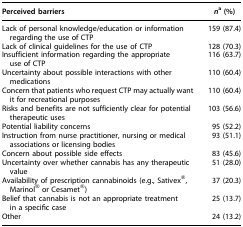
<table><thead><tr><td><b>Perceived barriers</b></td><td><b><i>n</i><sup>a</sup> (%)</b></td></tr></thead><tbody><tr><td>Lack of personal knowledge/education or information regarding the use of CTP</td><td>159 (87.4)</td></tr><tr><td>Lack of clinical guidelines for the use of CTP</td><td>128 (70.3)</td></tr><tr><td>Insufficient information regarding the appropriate use of CTP</td><td>116 (63.7)</td></tr><tr><td>Uncertainty about possible interactions with other medications</td><td>110 (60.4)</td></tr><tr><td>Concern that patients who request CTP may actually want it for recreational purposes</td><td>110 (60.4)</td></tr><tr><td>Risks and benefits are not sufficiently clear for potential therapeutic uses</td><td>103 (56.6)</td></tr><tr><td>Potential liability concerns</td><td>95 (52.2)</td></tr><tr><td>Instruction from nurse practitioner, nursing or medical associations or licensing bodies</td><td>93 (51.1)</td></tr><tr><td>Concern about possible side effects</td><td>83 (45.6)</td></tr><tr><td>Uncertainty over whether cannabis has any therapeutic value</td><td>51 (28.0)</td></tr><tr><td>Availability of prescription cannabinoids (e.g., Sativex<sup>®</sup>, Marinol<sup>®</sup> or Cesamet<sup>®</sup>)</td><td>37 (20.3)</td></tr><tr><td>Belief that cannabis is not an appropriate treatment in a specific case</td><td>25 (13.7)</td></tr><tr><td>Other</td><td>24 (13.2)</td></tr></tbody></table>